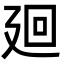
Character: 廻